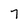
Character: 7